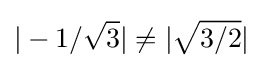
|-1/{\sqrt {3}}|\neq |{\sqrt {3/2}}|